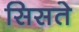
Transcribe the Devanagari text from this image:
सिसते